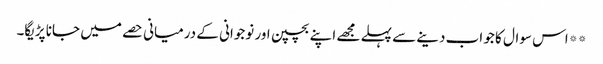
**اس سوال کا جو اب دینے سے پہلے مجھے اپنے بچپن اور نوجوانی کے درمیانی حصے میں جانا پڑیگا۔